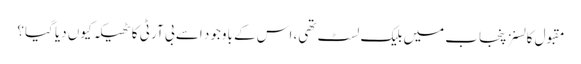
مقبول کالسنز پنجاب میں بلیک لسٹ تھی، اس کے باوجود اسے بی آر ٹی کا ٹھیکہ کیوں دیا گیا؟